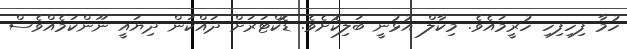
ހުމާ ފިހިފިހި ހުރީމައެވެ. މިކާލް އުޅުނީ ބަލިކޮށެވެ. ޑޮކްޓަރަށް ދައްކަން ދިޔައީ ނޫންކަމެއްވެސް